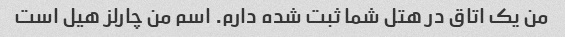
من یک اتاق در هتل شما ثبت شده دارم. اسم من چارلز هیل است